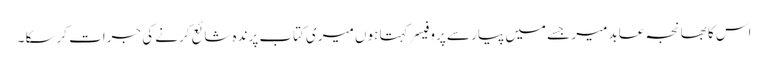
اس کا بھانجہ عابد میر جسے میں پیار سے پروفیسر کہتا ہوں میری کتاب پرندہ شائع کرنے کی جرات کرسکا ۔